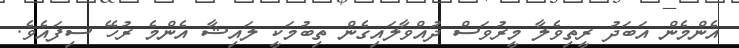
އެންމެން އަބަދު ރީތިވެލާ މީރުވަސް ދުއްވާލައިގެން ތިބުމަކީ ލައިޝާ އެންމެ ރުހޭ ސިފައެވެ.